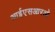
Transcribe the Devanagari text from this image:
आईएसआरओ